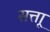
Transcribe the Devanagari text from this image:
सत्ताू